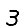
Digit: 3